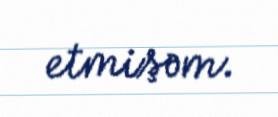
etmişəm.